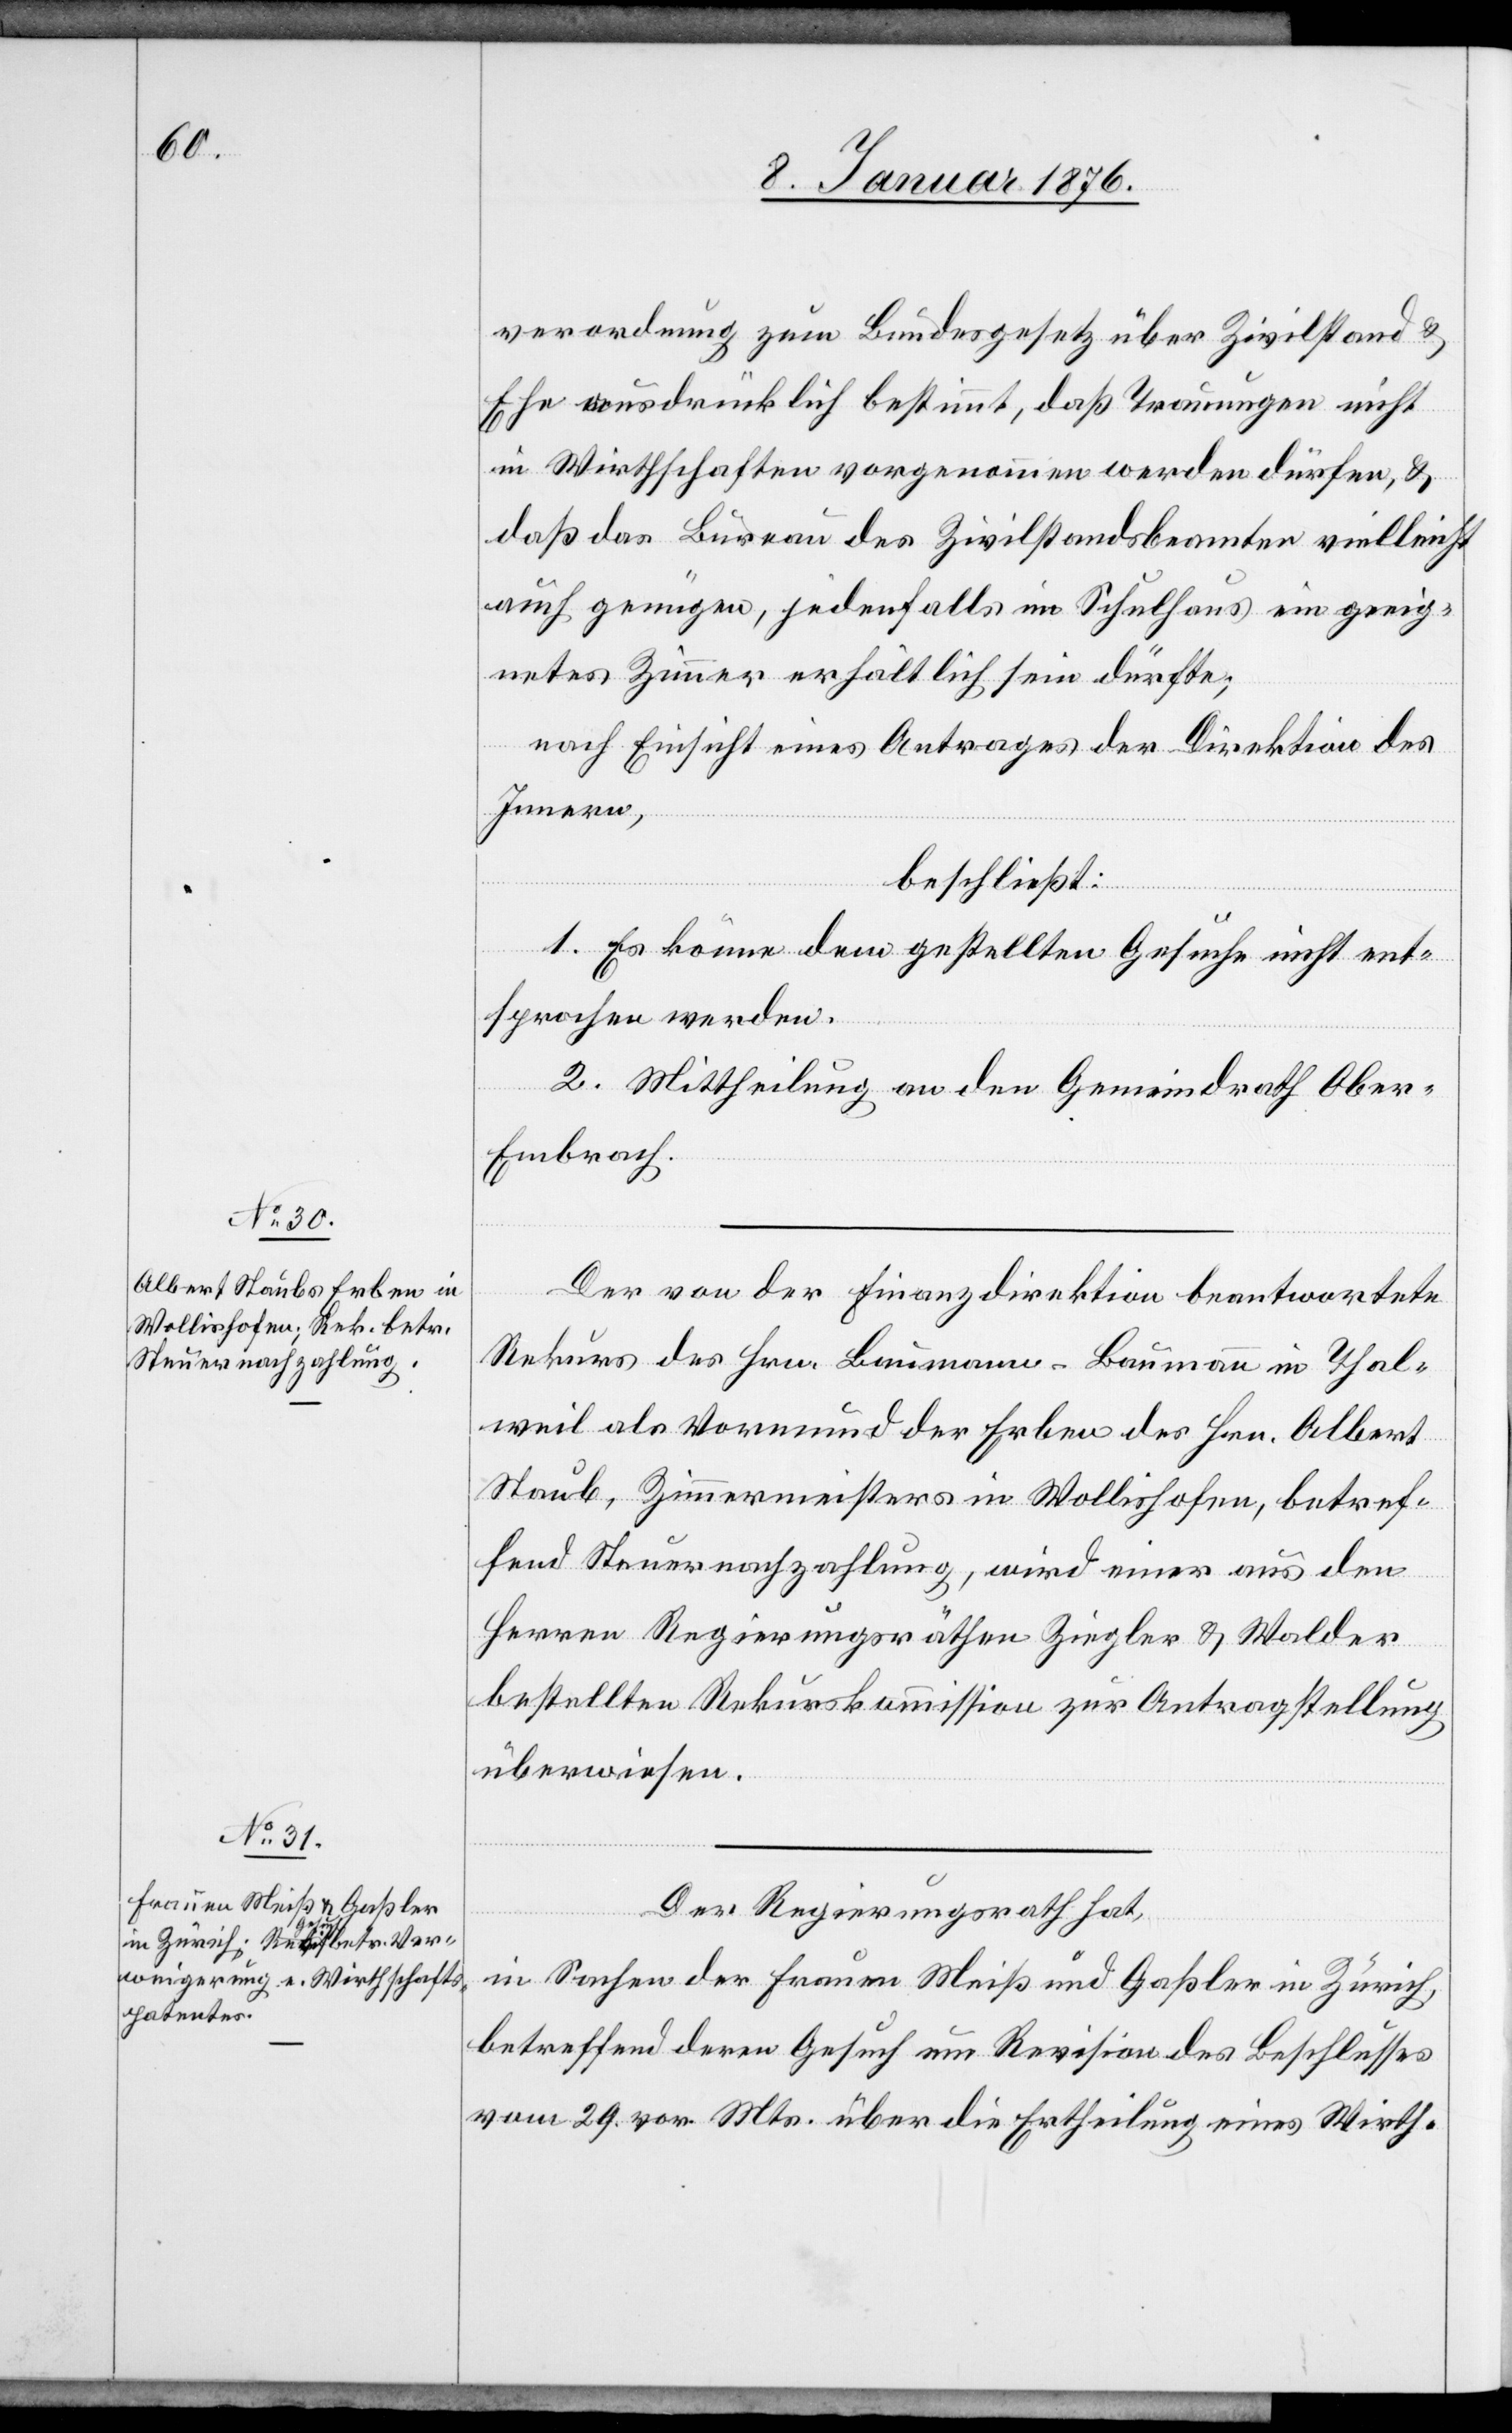
verordnung zum Bundesgesetz über Zivilstand u.
Ehe ausdrücklich bestimmt, daß Trauungen nicht
in Wirthschaften vorgenommen werden dürfen, u.
daß das Bureau des Zivilstandsbeamten vielleicht
auch genügen, jedenfalls im Schulhaus ein geeig¬
netes Zimmer erhältlich sein dürfte;
nach Einsicht eines Antrages der Direktion des
Innern,
beschließt:
1. Es könne dem gestellten Gesuche nicht ent¬
sprochen werden.
2. Mittheilung an den Gemeindrath Obe¬
r-Embrach.
Der von der Finanzdirektion beantwortete
Rekurs des Hrn. Baumann-Baumann in Thal¬
weil als Vormund der Erben des Hrn. Albert
Staub, Zimmermeisters in Wollishofen, betref¬
fend Steuernachzahlung, wird einer aus den
Herren Regierungsräthen Ziegler u. Walder
bestellten Rekurskommission zur Antragstellung
überwiesen.
Der Regierungsrath hat,
in Sachen der Frauen Meiß und Gaßler in Zürich,
betreffend deren Gesuch um Revision des Beschlusses
vom 29. vor. Mts. über die Ertheilung eines Wirth-